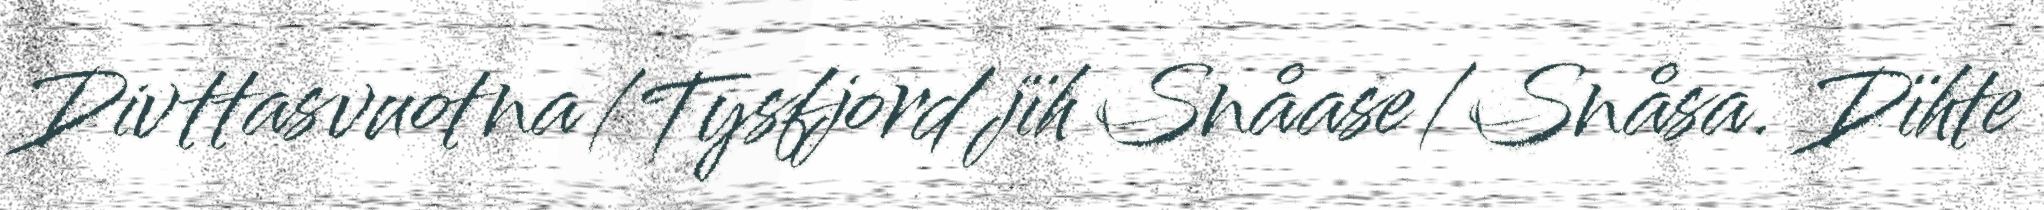
Divttasvuotna/Tysfjord jïh Snåase/Snåsa. Dïhte